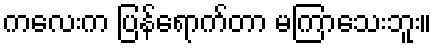
ကလေးက ပြန်ရောက်တာ မကြာသေးဘူး။